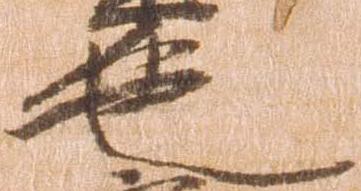
色